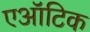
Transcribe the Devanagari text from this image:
एऑटिक